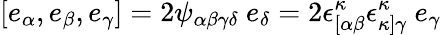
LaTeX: [e_{\alpha},e_{\beta},e_{\gamma}]=2\psi_{\alpha\beta\gamma\delta}~e_{\delta}=2\epsilon_{[\alpha\beta}^{\kappa}\epsilon_{\kappa]\gamma}^{\kappa}~e_{\gamma}